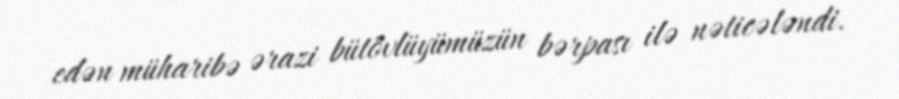
edən müharibə ərazi bütövlüyümüzün bərpası ilə nəticələndi.